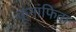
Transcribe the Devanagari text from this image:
कूनाफिदा